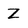
Character: Z